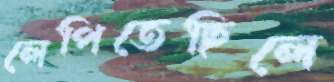
লেপিতেছিলে